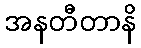
အနတီတာနိ